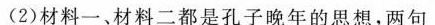
(2)材料一、材料二都是孔子晚年的思想，两句